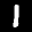
Label: 1